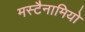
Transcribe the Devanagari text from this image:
मस्टैनामियो